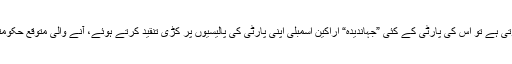
منتخب حکومت آخری دموں پر ہوتی ہے تو اُس کی پارٹی کے کئی ”جہاندیدہ“ اراکین اسمبلی اپنی پارٹی کی پالیسیوں پر کڑی تنقید کرتے ہوئے، آنے والی متوقع حکومتی جماعت میں شامل ہوجاتے ہیں۔